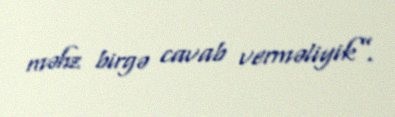
məhz birgə cavab verməliyik”.